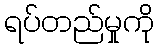
ရပ်တည်မှုကို